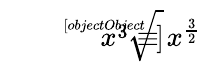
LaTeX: \overset{}{\underset{}{{\sqrt[[objectObject]]{x^{3}}}\equiv x^{\frac{3}{2}}}}